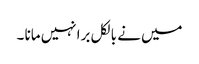
میں نے بالکل برا نہیں مانا ۔